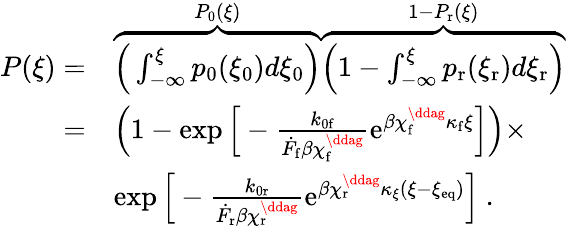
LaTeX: \begin{array}{rl}{P(\xi)=}&{\overbrace{\Big(\int_{-\infty}^{\xi}p_{0}(\xi_{0})d\xi_{0}\Big)}^{P_{0}(\xi)}\overbrace{\Big(1-\int_{-\infty}^{\xi}p_{\mathrm{r}}(\xi_{\mathrm{r}})d\xi_{\mathrm{r}}\Big)}^{1-P_{\mathrm{r}}(\xi)}}\\ {=}&{\Big(1-\exp\Big[-\frac{k_{0\mathrm{f}}}{\dot{F}_{\mathrm{f}}\beta\chi_{\mathrm{f}}^{\ddag}}\mathrm{e}^{\beta\chi_{\mathrm{f}}^{\ddag}\kappa_{\mathrm{f}}\xi}\Big]\Big)\times}\\ &{\exp\Big[-\frac{k_{0\mathrm{r}}}{\dot{F}_{\mathrm{r}}\beta\chi_{\mathrm{r}}^{\ddag}}\mathrm{e}^{\beta\chi_{\mathrm{r}}^{\ddag}\kappa_{\xi}(\xi-\xi_{\mathrm{eq}})}\Big]~.}\end{array}